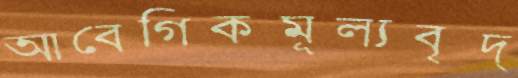
আবেগিকমূল্যবৃদ্